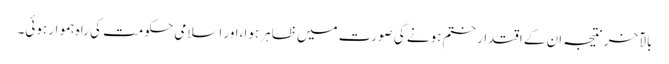
بالآخر نتیجہ ان کے اقتدار ختم ہونے کی صورت میں ظاہر ہوا،اور اسلامی حکومت کی راہ ہموار ہوئی۔